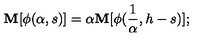
\mathbf { M } [ \phi ( \alpha , s ) ] = \alpha \mathbf { M } [ \phi ( \frac { 1 } { \alpha } , h - s ) ] ;